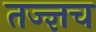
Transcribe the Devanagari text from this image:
तज्ज्ञच